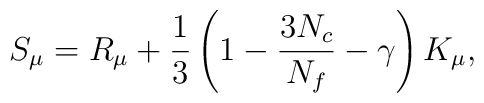
S_{\mu }=R_{\mu }+\frac{1}{3}\left( 1-\frac{3N_{c}}{N_{f}}-\gamma \right)K_{\mu },